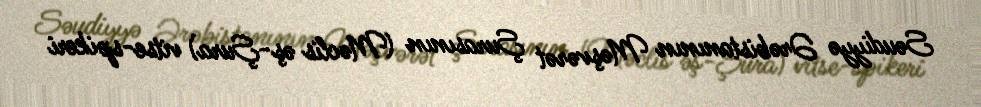
Səudiyyə Ərəbistanının Məşvərət Şurasının (Məclis əş-Şura) vitse-spikeri